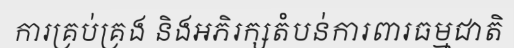
ការគ្រប់គ្រង និងអភិរក្សតំបន់ការពារធម្មជាតិ